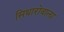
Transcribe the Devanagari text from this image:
सिथारोवाला